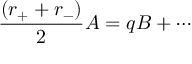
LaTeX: \frac { ( r _ { + } + r _ { - } ) } { 2 } A = q B + \cdots